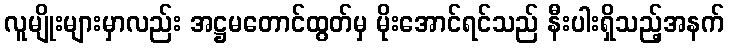
လူမျိုးများမှာလည်း အဋ္ဌမတောင်ထွတ်မှ မိုးအောင်ရင်သည် နီးပါးရှိသည့်အနက်